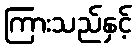
ကြားသည်နှင့်